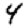
Digit: 4